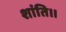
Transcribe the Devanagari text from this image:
शांति।।